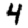
Digit: 4